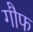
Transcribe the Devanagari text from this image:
गौफ